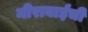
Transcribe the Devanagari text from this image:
मीराबाईंची